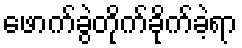
ဖောက်ခွဲတိုက်ခိုက်ခဲ့ရာ